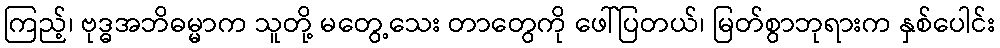
ကြည့်၊ ဗုဒ္ဓအဘိဓမ္မာက သူတို့ မတွေ့သေး တာတွေကို ဖေါ်ပြတယ်၊ မြတ်စွာဘုရားက နှစ်ပေါင်း